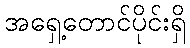
အရှေ့တောင်ပိုင်းရှိ